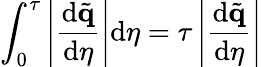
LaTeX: \int_{0}^{\tau}\left|\frac{\mathrm{d}\tilde{\mathbf{q}}}{\mathrm{d}\eta}\right|\mathrm{d}\eta=\tau\left|\frac{\mathrm{d}\tilde{\mathbf{q}}}{\mathrm{d}\eta}\right|